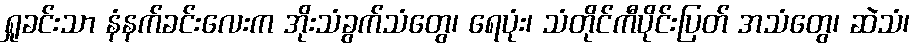
ရှုခင်းသာ နံနက်ခင်းလေးက အိုးသံခွက်သံတွေ၊ ရေပုံး၊ သံတိုင်ကီပိုင်းပြတ် အသံတွေ၊ ဆဲသံ၊